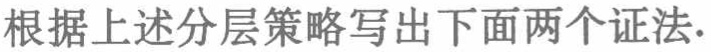
根据上述分层策略写出下面两个证法.